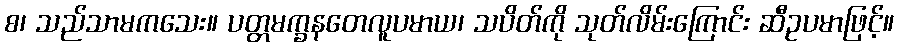
စ၊ သည်သာမကသေး။ ပတ္တမက္ခနတေလူပမာယ၊ သပိတ်ကို သုတ်လိမ်းကြောင်း ဆီဥပမာဖြင့်။